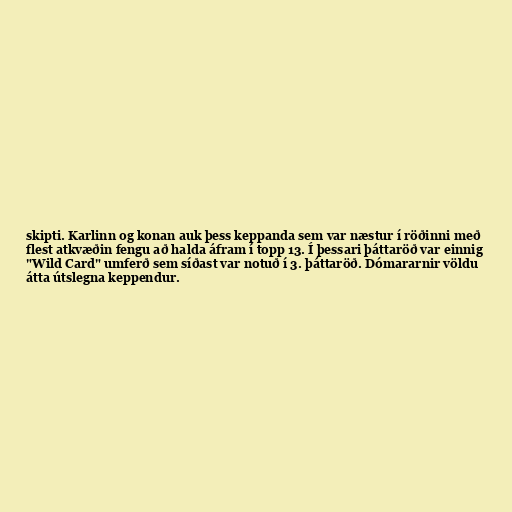
skipti. Karlinn og konan auk þess keppanda sem var næstur í röðinni með
flest atkvæðin fengu að halda áfram í topp 13. Í þessari þáttaröð var einnig
"Wild Card" umferð sem síðast var notuð í 3. þáttaröð. Dómararnir völdu
átta útslegna keppendur.